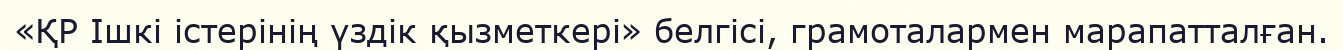
«ҚР Ішкі істерінің үздік қызметкері» белгісі, грамоталармен марапатталған.